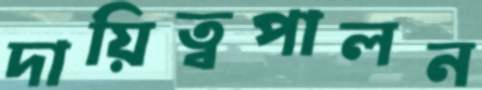
দায়িত্বপালন